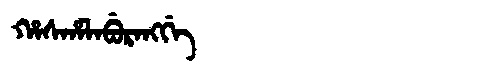
Manchu: ᡥᠠᠰᡥᠠᠯᠠᠪᡠᡵᠠᠩᡤᡝ
Romanization: HASHALABURANGGE